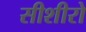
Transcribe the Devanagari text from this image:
सीशीरो